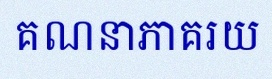
គណនាភាគរយ